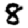
Digit: 8